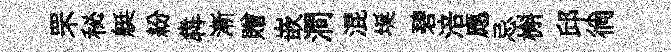
罘秘艇紛犇漸贈嵌澗混埏碧涪應忌槲邱徜